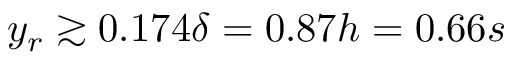
y _ { r } \gtrsim 0 . 1 7 4 \delta = 0 . 8 7 h = 0 . 6 6 s